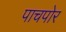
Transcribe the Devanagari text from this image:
पाचपोर